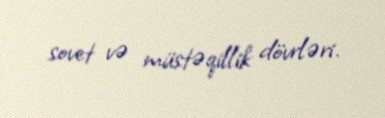
sovet və müstəqillik dövrləri.